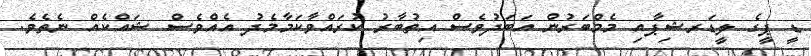
ޑީ ޕީގެ ލީޑަރޝިޕާއި މެމްބަރުން އަބަދުވެސް އިތުބާރު ކުރައްވާކަމާމެދު އެއްވެސް ޝައްކެއް ނެތެވެ.